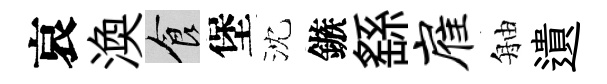
哀渙食堡沈鏃繇雇舳遺